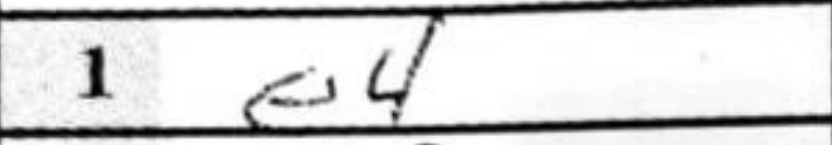
Transcription: e4